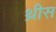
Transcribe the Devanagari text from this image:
थ्रीस